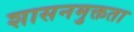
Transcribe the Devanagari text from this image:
शासनमुक्तता